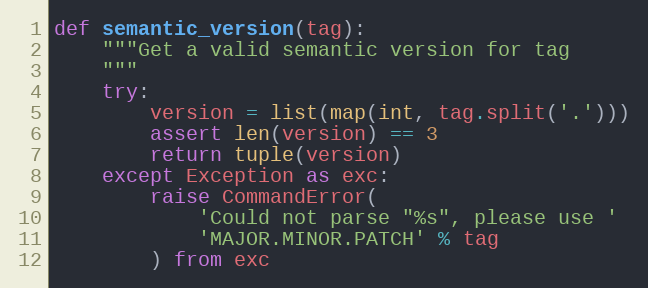
Language: Python
def semantic_version(tag):
    """Get a valid semantic version for tag
    """
    try:
        version = list(map(int, tag.split('.')))
        assert len(version) == 3
        return tuple(version)
    except Exception as exc:
        raise CommandError(
            'Could not parse "%s", please use '
            'MAJOR.MINOR.PATCH' % tag
        ) from exc